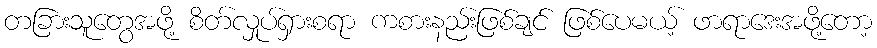
တခြားသူတွေအဖို့ စိတ်လှုပ်ရှားစရာ ကစားနည်းဖြစ်ချင် ဖြစ်ပေမယ့် ဖာရာဒေးအဖို့တော့